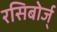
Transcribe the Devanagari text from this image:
रसिबोर्ज्